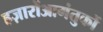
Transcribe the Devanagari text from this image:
हज़ारोंआगंतुकों